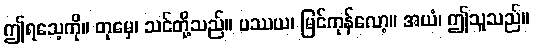
ဤရသေ့ကို။ တုမှေ၊ သင်တို့သည်။ ပဿယ၊ မြင်ကုန်လော့။ အယံ၊ ဤသူသည်။